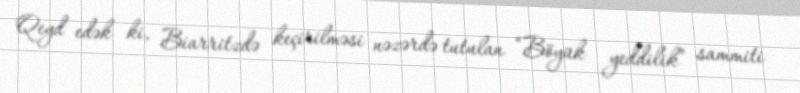
Qeyd edək ki, Biarritzdə keçirilməsi nəzərdə tutulan “Böyük yeddilik” sammiti